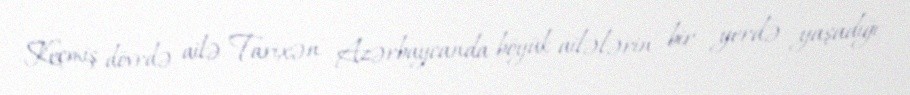
Keçmiş dövrdə ailə Tarixən Azərbaycanda böyük ailələrin bir yerdə yaşadığı